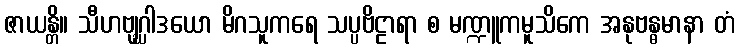
ဇာယန္တိ။ သီဟဗျဂ္ဃါဒယော မိဂသူကရေ သပ္ပဗိဠာရာ စ မဏ္ဍူကမူသိကေ အနုဗန္ဓမာနာ တံ